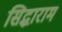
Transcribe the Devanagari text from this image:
सिद्धाराम